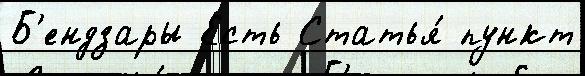
Б'ендзары Есть Статья́ пункт